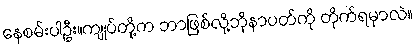
နေစမ်းပါဦး။ကျုပ်တို့က ဘာဖြစ်လို့ဘိုနာပတ်ကို တိုက်ရမှာလဲ။